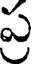
ప్ర